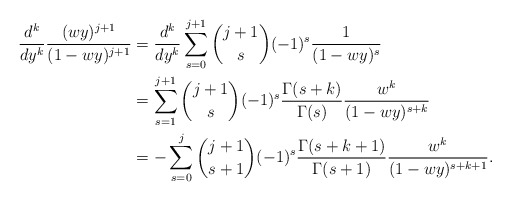
\begin{align*}\frac{d^k}{dy^k}\frac{(wy)^{j+1}}{(1-wy)^{j+1}} &= \frac{d^k}{dy^k}\sum_{s=0}^{j+1}\binom{j+1}{s}(-1)^{s}\frac{1}{(1-wy)^s}\\& = \sum_{s=1}^{j+1}\binom{j+1}{s}(-1)^{s}\frac{\Gamma(s+k)}{\Gamma(s)}\frac{w^k}{(1-wy)^{s+k}}\\& = -\sum_{s=0}^{j}\binom{j+1}{s+1}(-1)^{s}\frac{\Gamma(s+k+1)}{\Gamma(s+1)}\frac{w^k}{(1-wy)^{s+k+1}}.\end{align*}